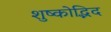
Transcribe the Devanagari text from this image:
शुष्कोद्भिद